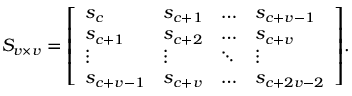
S _ { v \times v } = { \left[ \begin{array} { l l l l } { s _ { c } } & { s _ { c + 1 } } & { \dots } & { s _ { c + v - 1 } } \\ { s _ { c + 1 } } & { s _ { c + 2 } } & { \dots } & { s _ { c + v } } \\ { \vdots } & { \vdots } & { \ddots } & { \vdots } \\ { s _ { c + v - 1 } } & { s _ { c + v } } & { \dots } & { s _ { c + 2 v - 2 } } \end{array} \right] } .